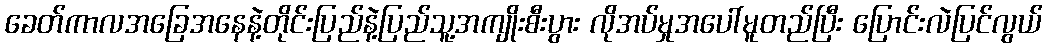
ခေတ်ကာလအခြေအနေနဲ့တိုင်းပြည်နဲ့ပြည်သူ့အကျိုးစီးပွား လိုအပ်မှုအပေါ်မူတည်ပြီး ပြောင်းလဲပြင်လွယ်